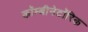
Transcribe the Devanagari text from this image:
कॉम्बीनेटॉरिक